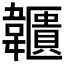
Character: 𩏱